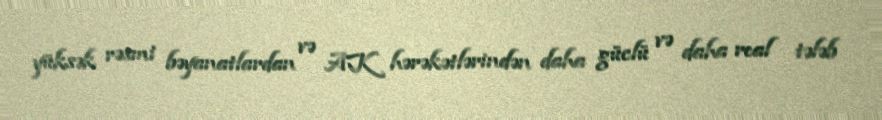
yüksək rəsmi bəyanatlardan və AK hərəkətlərindən daha güclü və daha real tələb